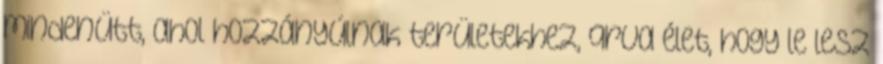
mindenütt, ahol hozzányúlnak területekhez, qrva élet, hogy le lesz